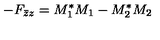
- F _ { \bar { z } z } = M _ { 1 } ^ { \ast } M _ { 1 } - M _ { 2 } ^ { \ast } M _ { 2 }